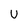
Character: U